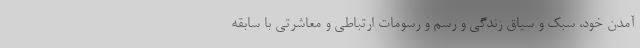
آمدن خود، سبک و سیاق زندگی و رسم و رسومات ارتباطی و معاشرتی با سابقه